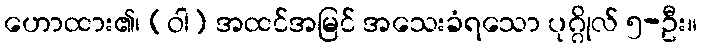
ဟောထား၏၊ (ဝါ) အထင်အမြင် အသေးခံရသော ပုဂ္ဂိုလ် ၅-ဦး။